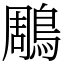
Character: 鵰